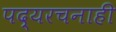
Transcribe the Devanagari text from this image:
पद्यरचनाही